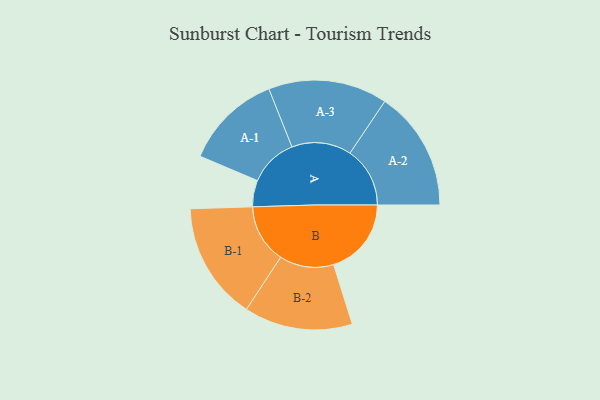
{"axis": {"x": "Segment", "y": "Value"}, "legend": ["", "A", "B"], "data": [{"x": "A", "y": 115, "type": ""}, {"x": "B", "y": 338, "type": ""}, {"x": "A-1", "y": 211, "type": "A"}, {"x": "A-2", "y": 261, "type": "A"}, {"x": "A-3", "y": 259, "type": "A"}, {"x": "B-1", "y": 256, "type": "B"}, {"x": "B-2", "y": 236, "type": "B"}]}